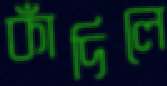
কাঁদিলে